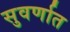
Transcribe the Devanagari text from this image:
सुवर्णात